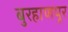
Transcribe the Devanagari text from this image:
बुरहाणपूर